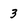
Character: 3